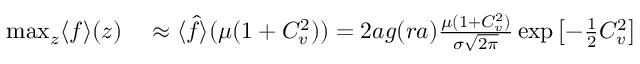
\begin{array} { r l } { \operatorname* { m a x } _ { z } \langle f \rangle ( z ) } & { { } \approx \langle \hat { f } \rangle ( \mu ( 1 + C _ { v } ^ { 2 } ) ) = 2 a g ( r a ) \frac { \mu ( 1 + C _ { v } ^ { 2 } ) } { \sigma \sqrt { 2 \pi } } \exp \left[ - \frac { 1 } { 2 } C _ { v } ^ { 2 } \right] } \end{array}